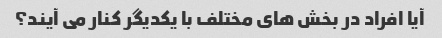
آیا افراد در بخش های مختلف با یکدیگر کنار می آیند؟